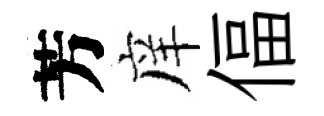
芳庠偪